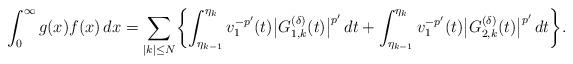
LaTeX: \begin{align*}\int_0^\infty g(x)f(x)\,dx=\sum_{|k|\le N}\biggl\{\int_{\eta_{k-1}}^{\eta_k}v_1^{-p'}(t)\bigl|G_{1,k}^{(\delta)}(t)\bigr|^{p'}\,dt+\int_{\eta_{k-1}}^{\eta_k}v_1^{-p'}(t)\bigl|G_{2,k}^{(\delta)}(t)\bigr|^{p'}\,dt\biggr\}. \end{align*}